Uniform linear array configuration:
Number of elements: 16
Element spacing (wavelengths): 0.25
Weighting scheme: hann
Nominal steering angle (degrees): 0
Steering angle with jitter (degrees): -1.957
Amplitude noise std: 0.05
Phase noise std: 0.05

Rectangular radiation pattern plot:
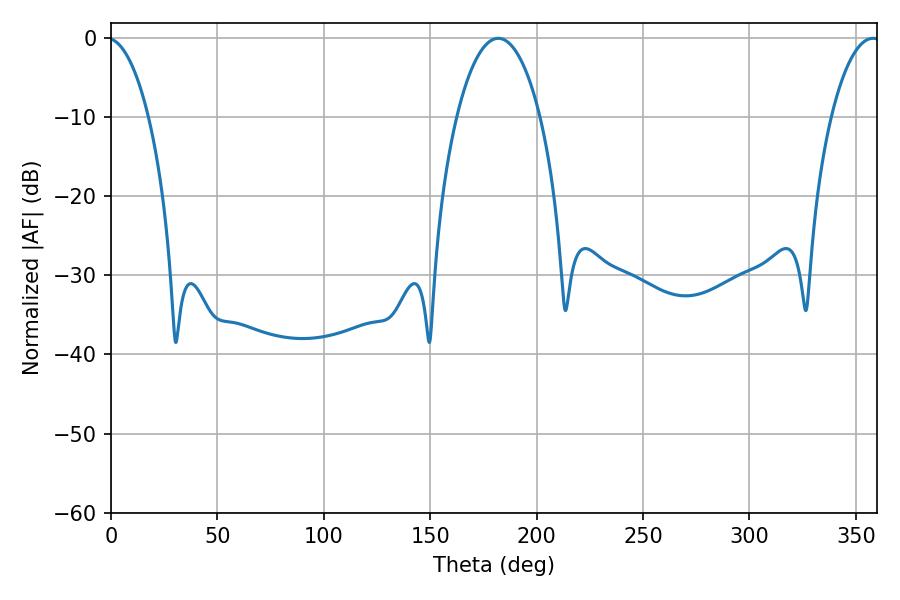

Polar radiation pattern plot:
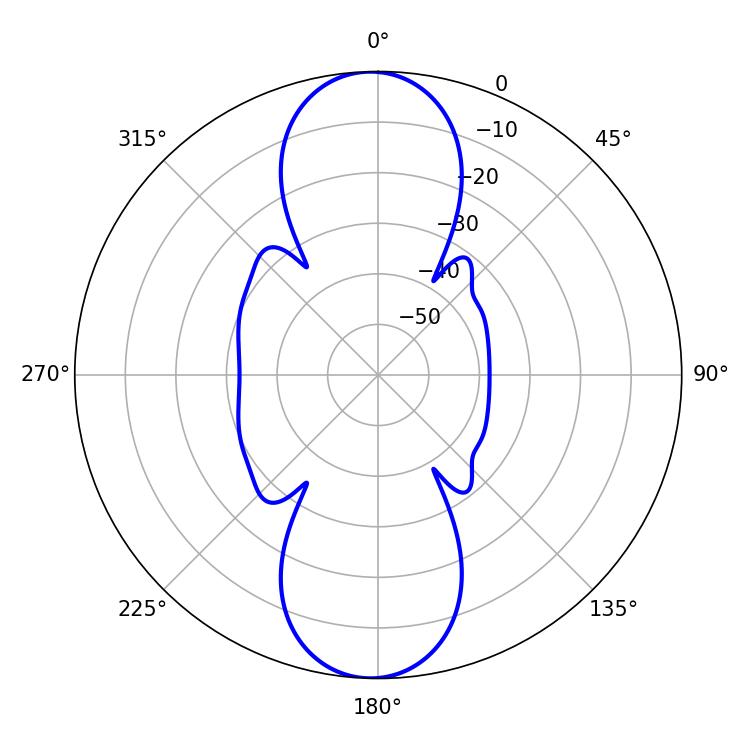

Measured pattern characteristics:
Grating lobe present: FALSE
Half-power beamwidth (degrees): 21.96
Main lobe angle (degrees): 181.98